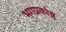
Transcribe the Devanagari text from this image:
भगप्रकोष्ठ